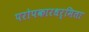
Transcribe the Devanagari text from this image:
परोपकारधर्मिता